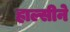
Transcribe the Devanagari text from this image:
हाल्सीने